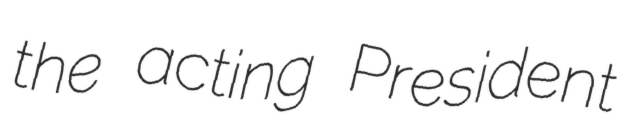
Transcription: the acting President